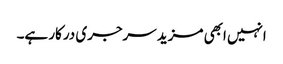
انہیں ابھی مزید سرجری درکار ہے۔